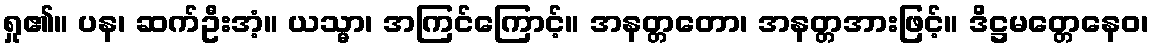
ရှု၏။ ပန၊ ဆက်ဦးအံ့။ ယသ္မာ၊ အကြင်ကြောင့်။ အနတ္တတော၊ အနတ္တအားဖြင့်။ ဒိဋ္ဌမတ္တေနေဝ၊